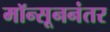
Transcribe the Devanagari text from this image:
मॉन्सूननंतर